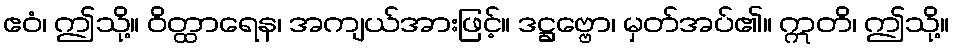
ဧဝံ၊ ဤသို့။ ဝိတ္ထာရေန၊ အကျယ်အားဖြင့်။ ဒဋ္ဌဗ္ဗော၊ မှတ်အပ်၏။ ဣတိ၊ ဤသို့။